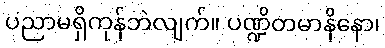
ပညာမရှိကုန်ဘဲလျက်။ ပဏ္ဍိတမာနိနော၊